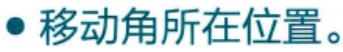
· 移动角所在位置。